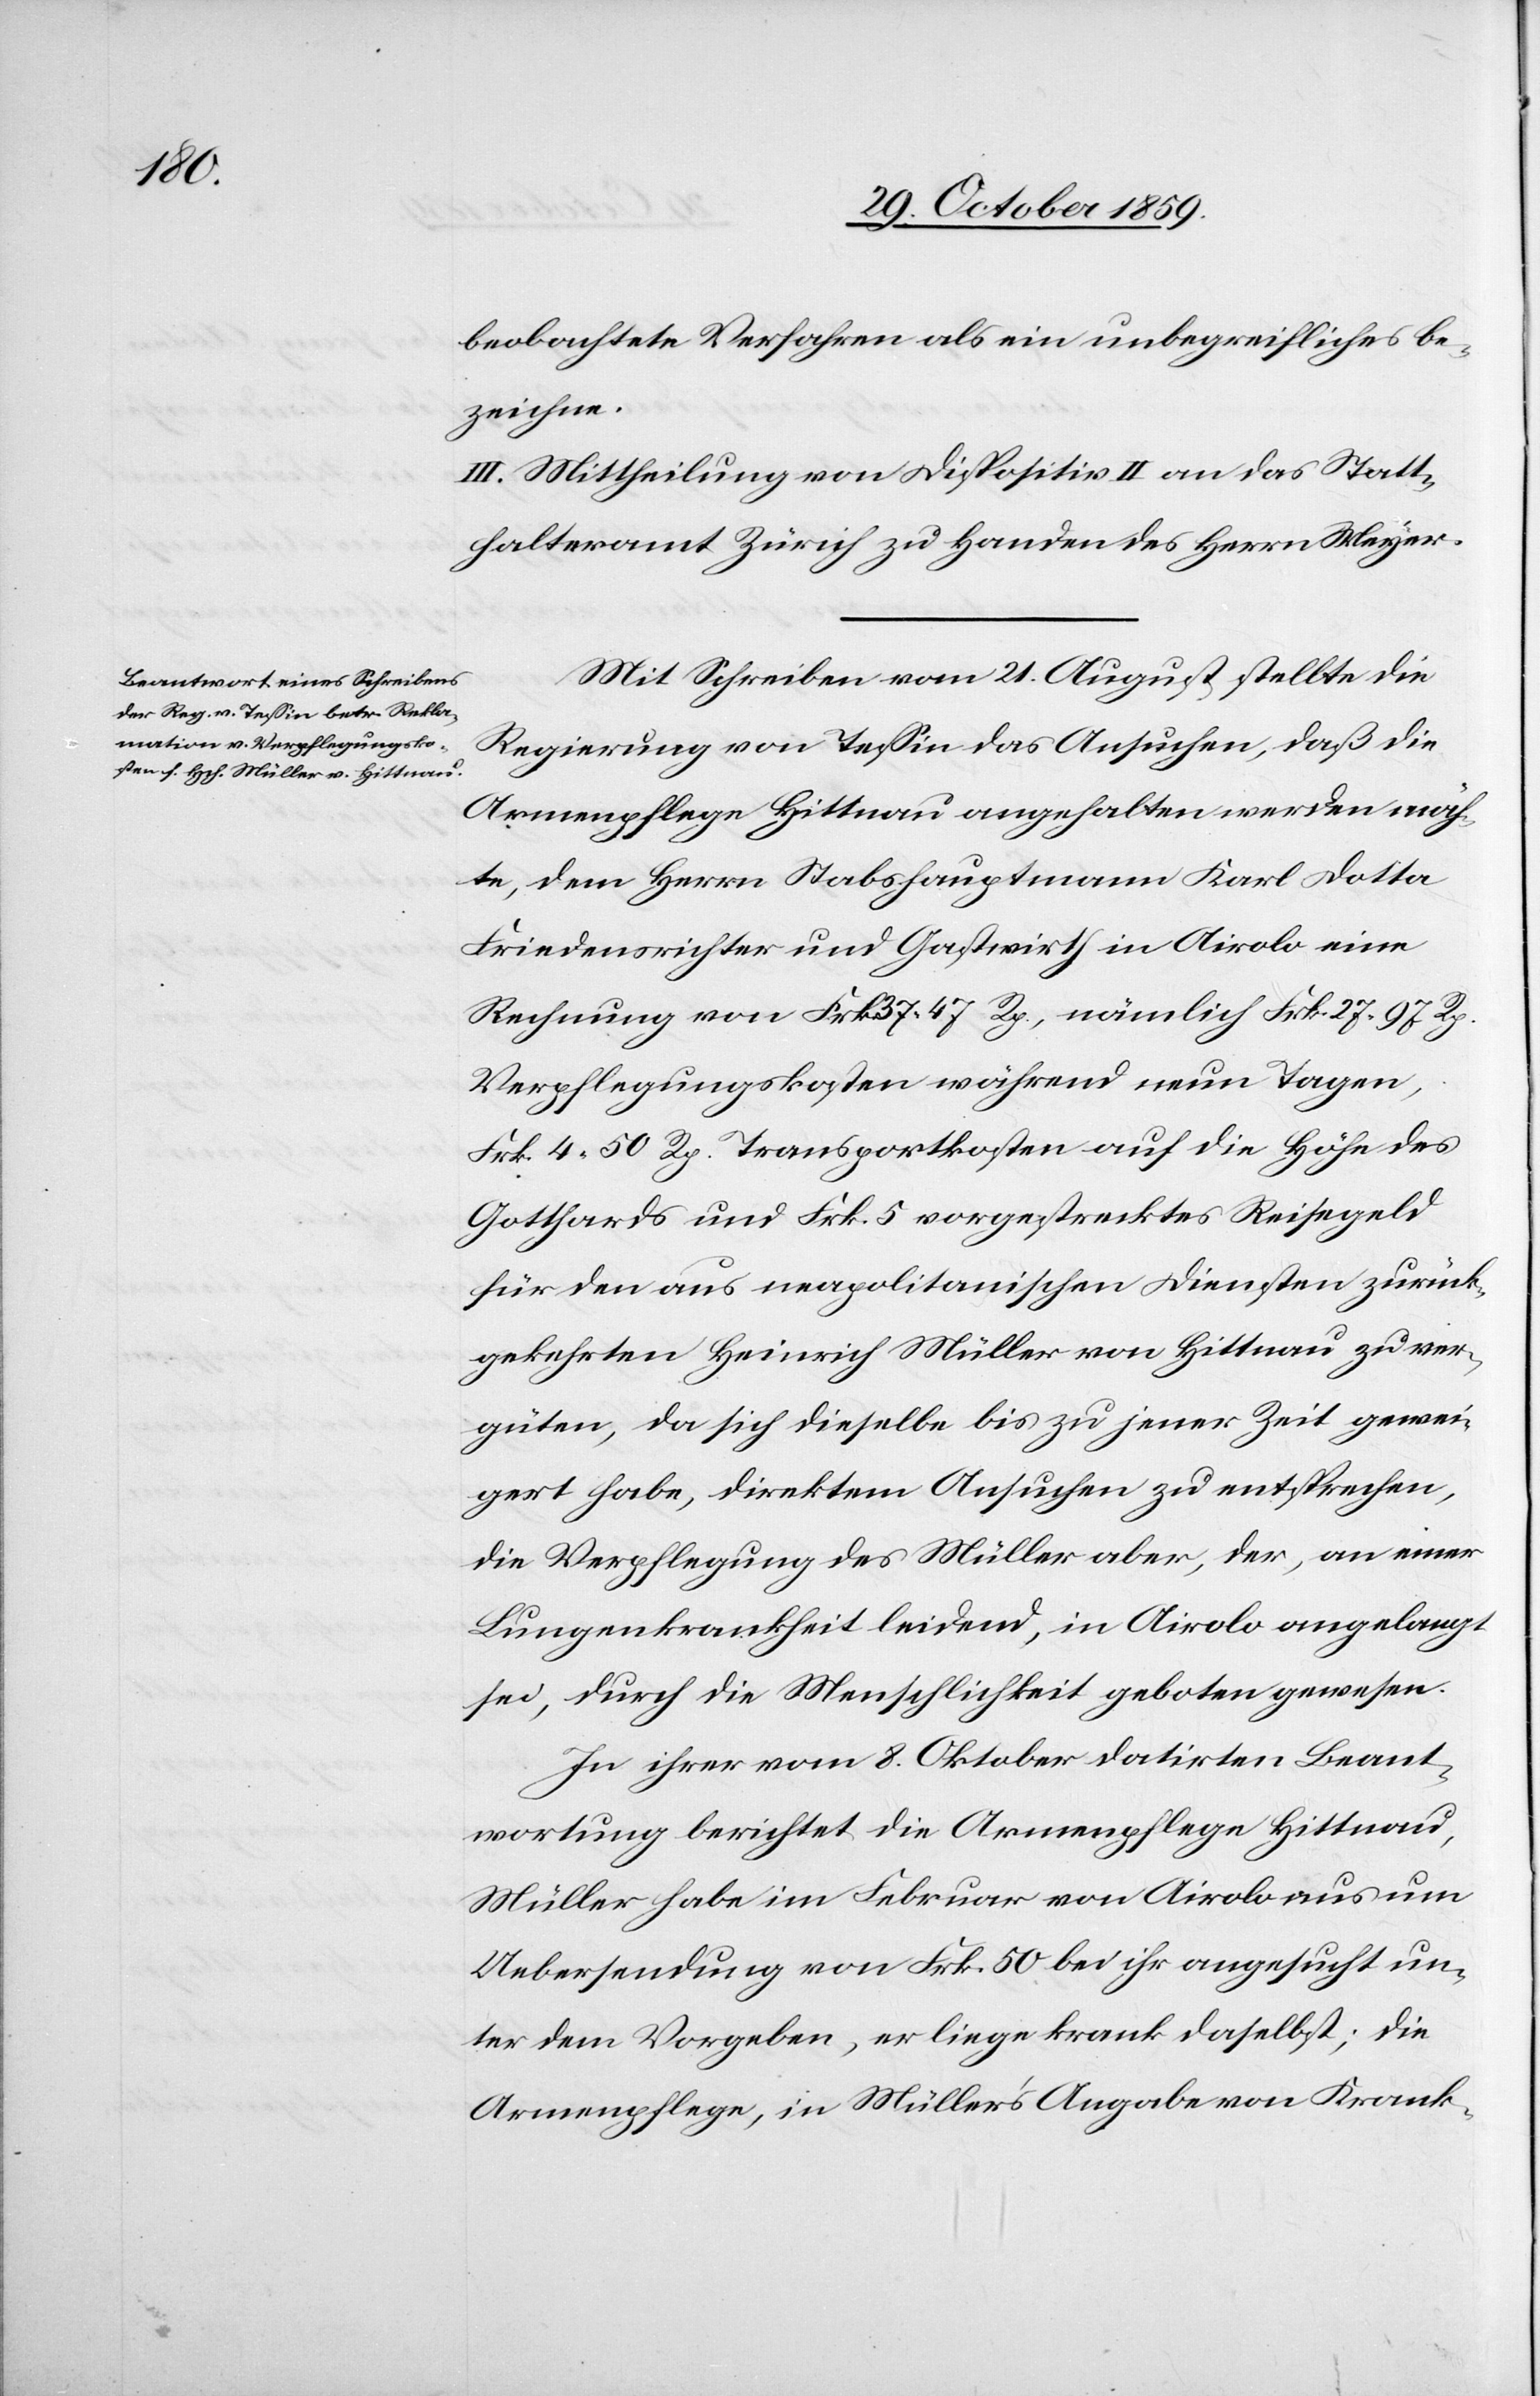
beobachtete Verfahren als ein unbegreifliches be¬
zeichnne.
III. Mittheilung von Dispositiv II an das Statt¬
halteramt Zürich zu Handen des Herrn Meyer.
Mit Schreiben vom 21. August stellte die
Regierung von Tessin das Ansuchen, daß die
Armenpflege Hittnau angehalten werden möch¬
te, dem Herrn Stabshauptmann Karl Dotta
Friedensrichter und Gastwirth in Airolo eine
Rechnung von Frk. 37 47 Rp., nämlich Frk. 27 97 Rp.
Verpflegungskosten während neun Tagen,
Frk. 4 50 Rp. Transportkosten auf die Höhe des
Gotthards und Frk. 5 vorgestrecktes Reisegeld
für den aus neapolitanischen Diensten zurück¬
gekehrten Heinrich Müller von Hittnau zu ver¬
güten, da sich dieselbe bis zu jener Zeit gewei¬
gert habe, direkten Ansuchen zu entsprechen,
die Verpflegung des Müller aber, der, an einer
Lungenkrankheit leidend, in Airolo angelangt
sei, durch die Menschlichkeit geboten gewesen.
In ihrer vom 8. Oktober datirten Beant¬
wortung berichtet die Armenpflege Hittnau,
Müller habe im Februar von Airolo aus um
Uebersendung von Frk. 50 bei ihr angesucht un¬
ter dem Vorgeben, er liege krank daselbst; die
Armenpflege, in Müller“s Angabe von Krank-